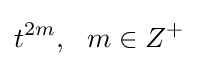
t^{2m},\ \ m\in Z^{+}